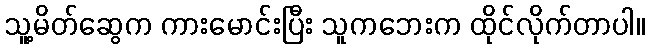
သူ့မိတ်ဆွေက ကားမောင်းပြီး သူကဘေးက ထိုင်လိုက်တာပါ။